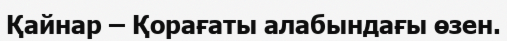
Қайнар – Қорағаты алабындағы өзен.